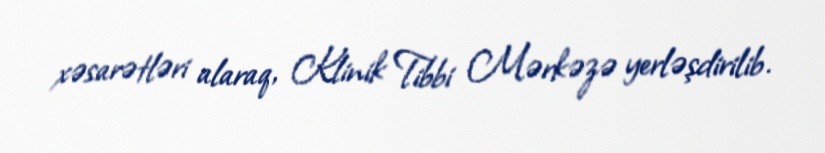
xəsarətləri alaraq, Klinik Tibbi Mərkəzə yerləşdirilib.